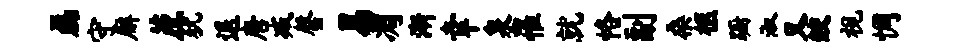
磊守廨蔗犹退唐减罄易凋渐幸泉罹就恪副桑柩蹰淑又鲛视惆